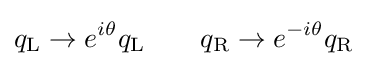
q_{\text{L}}\rightarrow e^{i\theta }q_{\text{L}}\qquad q_{\text{R}}\rightarrow e^{-i\theta }q_{\text{R}}~